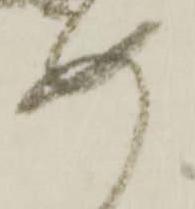
安